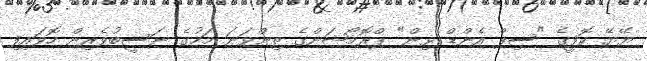
ޔޭޔޭ ކޮފީގެ "ސިޕް އެންޑް ވިން" ޕްރޮމޯޝަންގެ ތިންވަނަ މަހުގެ ނަސީބުވެރިން ހޮވައިފި